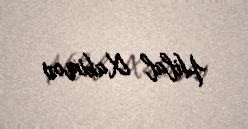
Hilal Xakimov